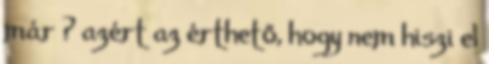
már ? azért az érthető, hogy nem hiszi el